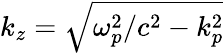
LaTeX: k_{z}=\sqrt{\omega_{p}^{2}/c^{2}-k_{p}^{2}}